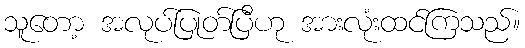
သူတော့ အလုပ်ပြုတ်ပြီဟု အားလုံးထင်ကြသည်။